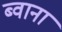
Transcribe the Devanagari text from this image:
ब्वाना